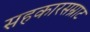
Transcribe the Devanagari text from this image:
सहकारसम्राट